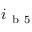
i _ { \mathrm { ~ b ~ 5 ~ } }